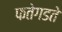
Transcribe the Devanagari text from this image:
फतेगडते